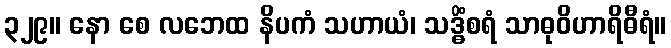
၃၂၉။ နော စေ လဘေထ နိပကံ သဟာယံ၊ သဒ္ဓိံစရံ သာဓုဝိဟာရိဓီရံ။